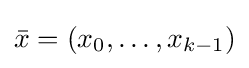
{\bar {x}}=(x_{0},\dots ,x_{k-1})